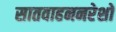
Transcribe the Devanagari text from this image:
सातवाहननरेशों